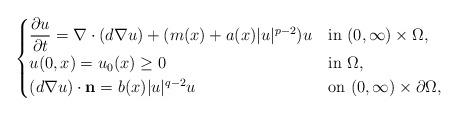
LaTeX: \begin{align*} \begin{cases}\dfrac{\partial u}{\partial t} = \nabla \cdot (d \nabla u) + (m(x) + a(x)|u|^{p-2})u & \mbox{in $(0, \infty)\times \Omega$}, \\ u(0,x) = u_0(x) \geq 0 & \mbox{in $\Omega$}, \\ (d\nabla u) \cdot \mathbf{n} = b(x)|u|^{q-2}u & \mbox{on $(0, \infty)\times \partial \Omega$}, \end{cases} \end{align*}